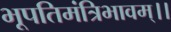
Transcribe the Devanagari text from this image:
भूपतिमंत्रिभावम्।।